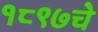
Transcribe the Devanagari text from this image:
१८९७चे